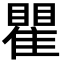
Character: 瞿